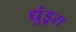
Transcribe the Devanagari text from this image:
धुंडूरा